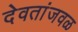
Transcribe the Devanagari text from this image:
देवतांजवळ